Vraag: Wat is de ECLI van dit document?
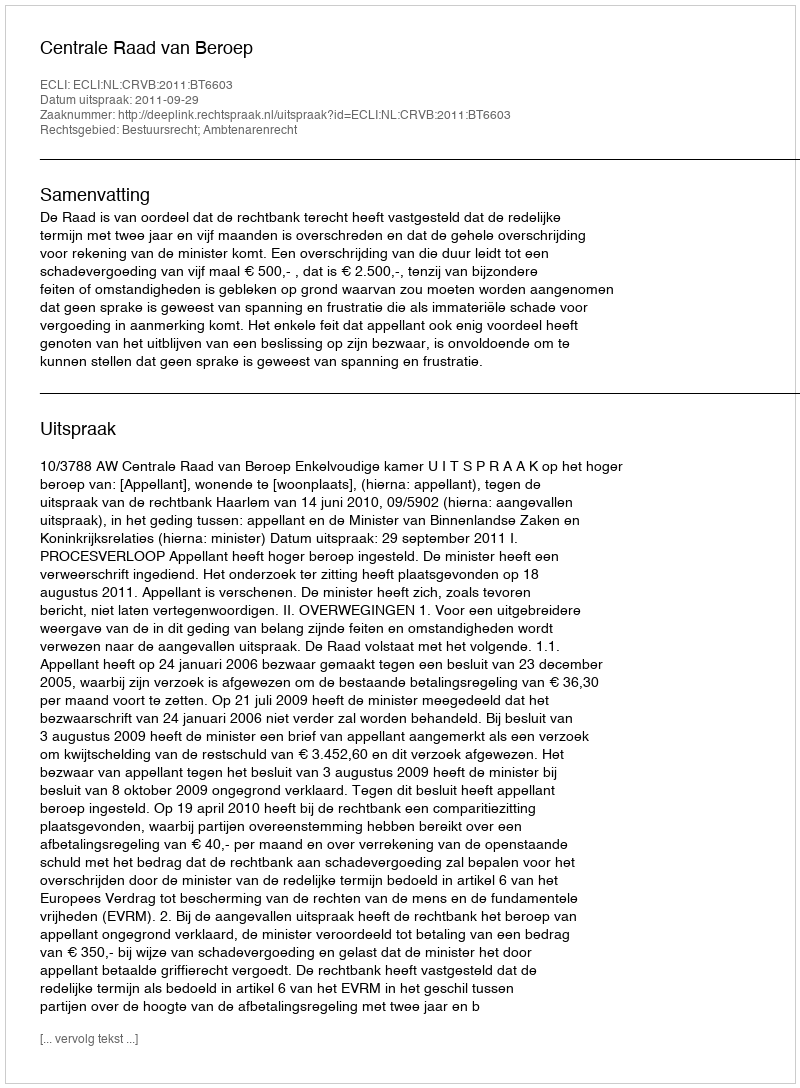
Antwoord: ECLI:NL:CRVB:2011:BT6603